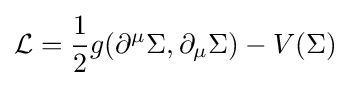
{\mathcal {L}}={1 \over 2}g(\partial ^{\mu }\Sigma ,\partial _{\mu }\Sigma )-V(\Sigma )